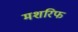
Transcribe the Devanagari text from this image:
मशरिफ